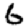
Digit: 6